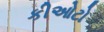
કીઓટો